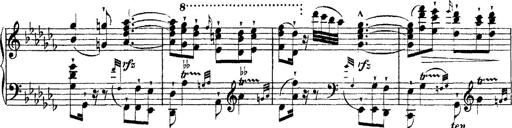
Title: Ã‰tudes d'exÃ©cution transcendante d'aprÃ¨s Paganini
Composer: Franz Liszt